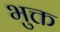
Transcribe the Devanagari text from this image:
भुक्त